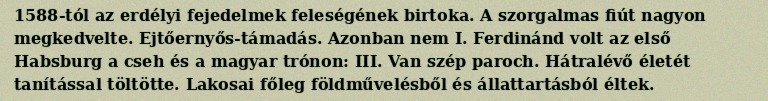
1588-tól az erdélyi fejedelmek feleségének birtoka. A szorgalmas fiút nagyon megkedvelte. Ejtőernyős-támadás. Azonban nem I. Ferdinánd volt az első Habsburg a cseh és a magyar trónon: III. Van szép paroch. Hátralévő életét tanítással töltötte. Lakosai főleg földművelésből és állattartásból éltek.